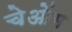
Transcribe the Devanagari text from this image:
चेओंग